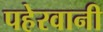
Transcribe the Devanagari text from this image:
पहेरवानी